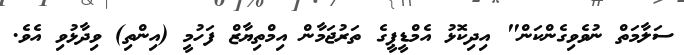
ސަލާމަތް ނުވެވިގެންކަން" އިދިކޮޅު އެމްޑީޕީގެ ތަރުޖަމާން އިމްތިޔާޒް ފަހުމީ (އިންތި) ވިދާޅުވި އެވެ.